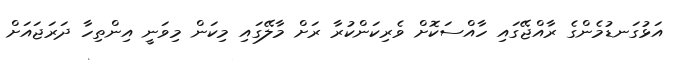
އަޅުގަނޑުމެންގެ ރާއްޖޭގައި ހާއްސަކޮށް ވެރިކަންކުރާ ރަށް މާލޭގައި މިކަން މިވަނީ އިންތިހާ ދަރަޖައަށް